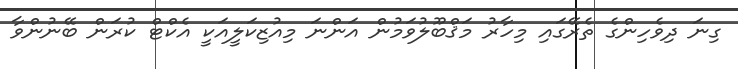
ގިނަ ދިވެހިންގެ ތެރޭގައި މިހާރު މަޤްބޫލުވަމުން އަންނަ މިއުޒިކަލީއަކީ އެކްޓް ކުރަން ބޭނުންވާ